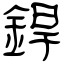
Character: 銲